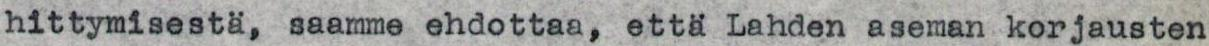
hittymisestä, saamme ehdottaa, että Lahden aseman korjausten